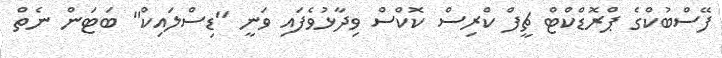
ފޭސްބުކްގެ ޕްރޮޑްކްޓް ޗީފް ކްރިސް ކޮކްސް ވިދާޅުވެފައި ވަނީ "ޑިސްލައިކް" ބަޓަން ނެތް